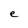
Character: e